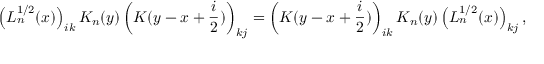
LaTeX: \left( L _ { n } ^ { 1 / 2 } ( x ) \right) _ { i k } K _ { n } ( y ) \left( K ( y - x + \frac { i } { 2 } ) \right) _ { k j } = \left( K ( y - x + \frac { i } { 2 } ) \right) _ { i k } K _ { n } ( y ) \left( L _ { n } ^ { 1 / 2 } ( x ) \right) _ { k j } ,